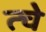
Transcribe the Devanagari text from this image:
त्चे